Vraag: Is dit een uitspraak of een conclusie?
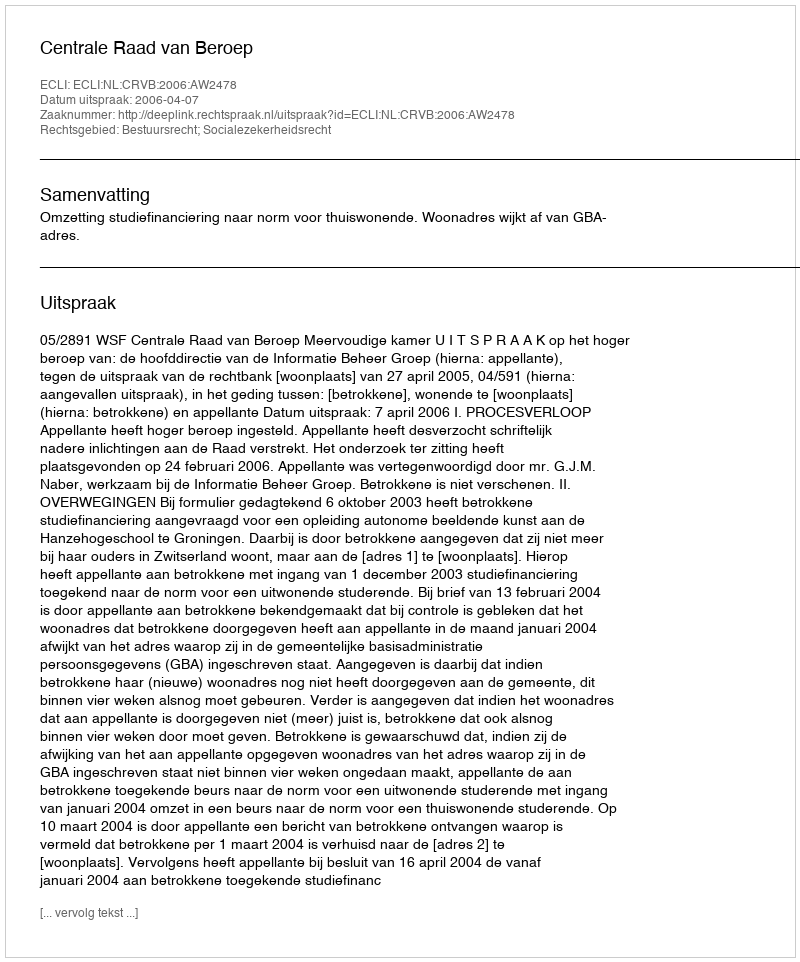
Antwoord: Uitspraak